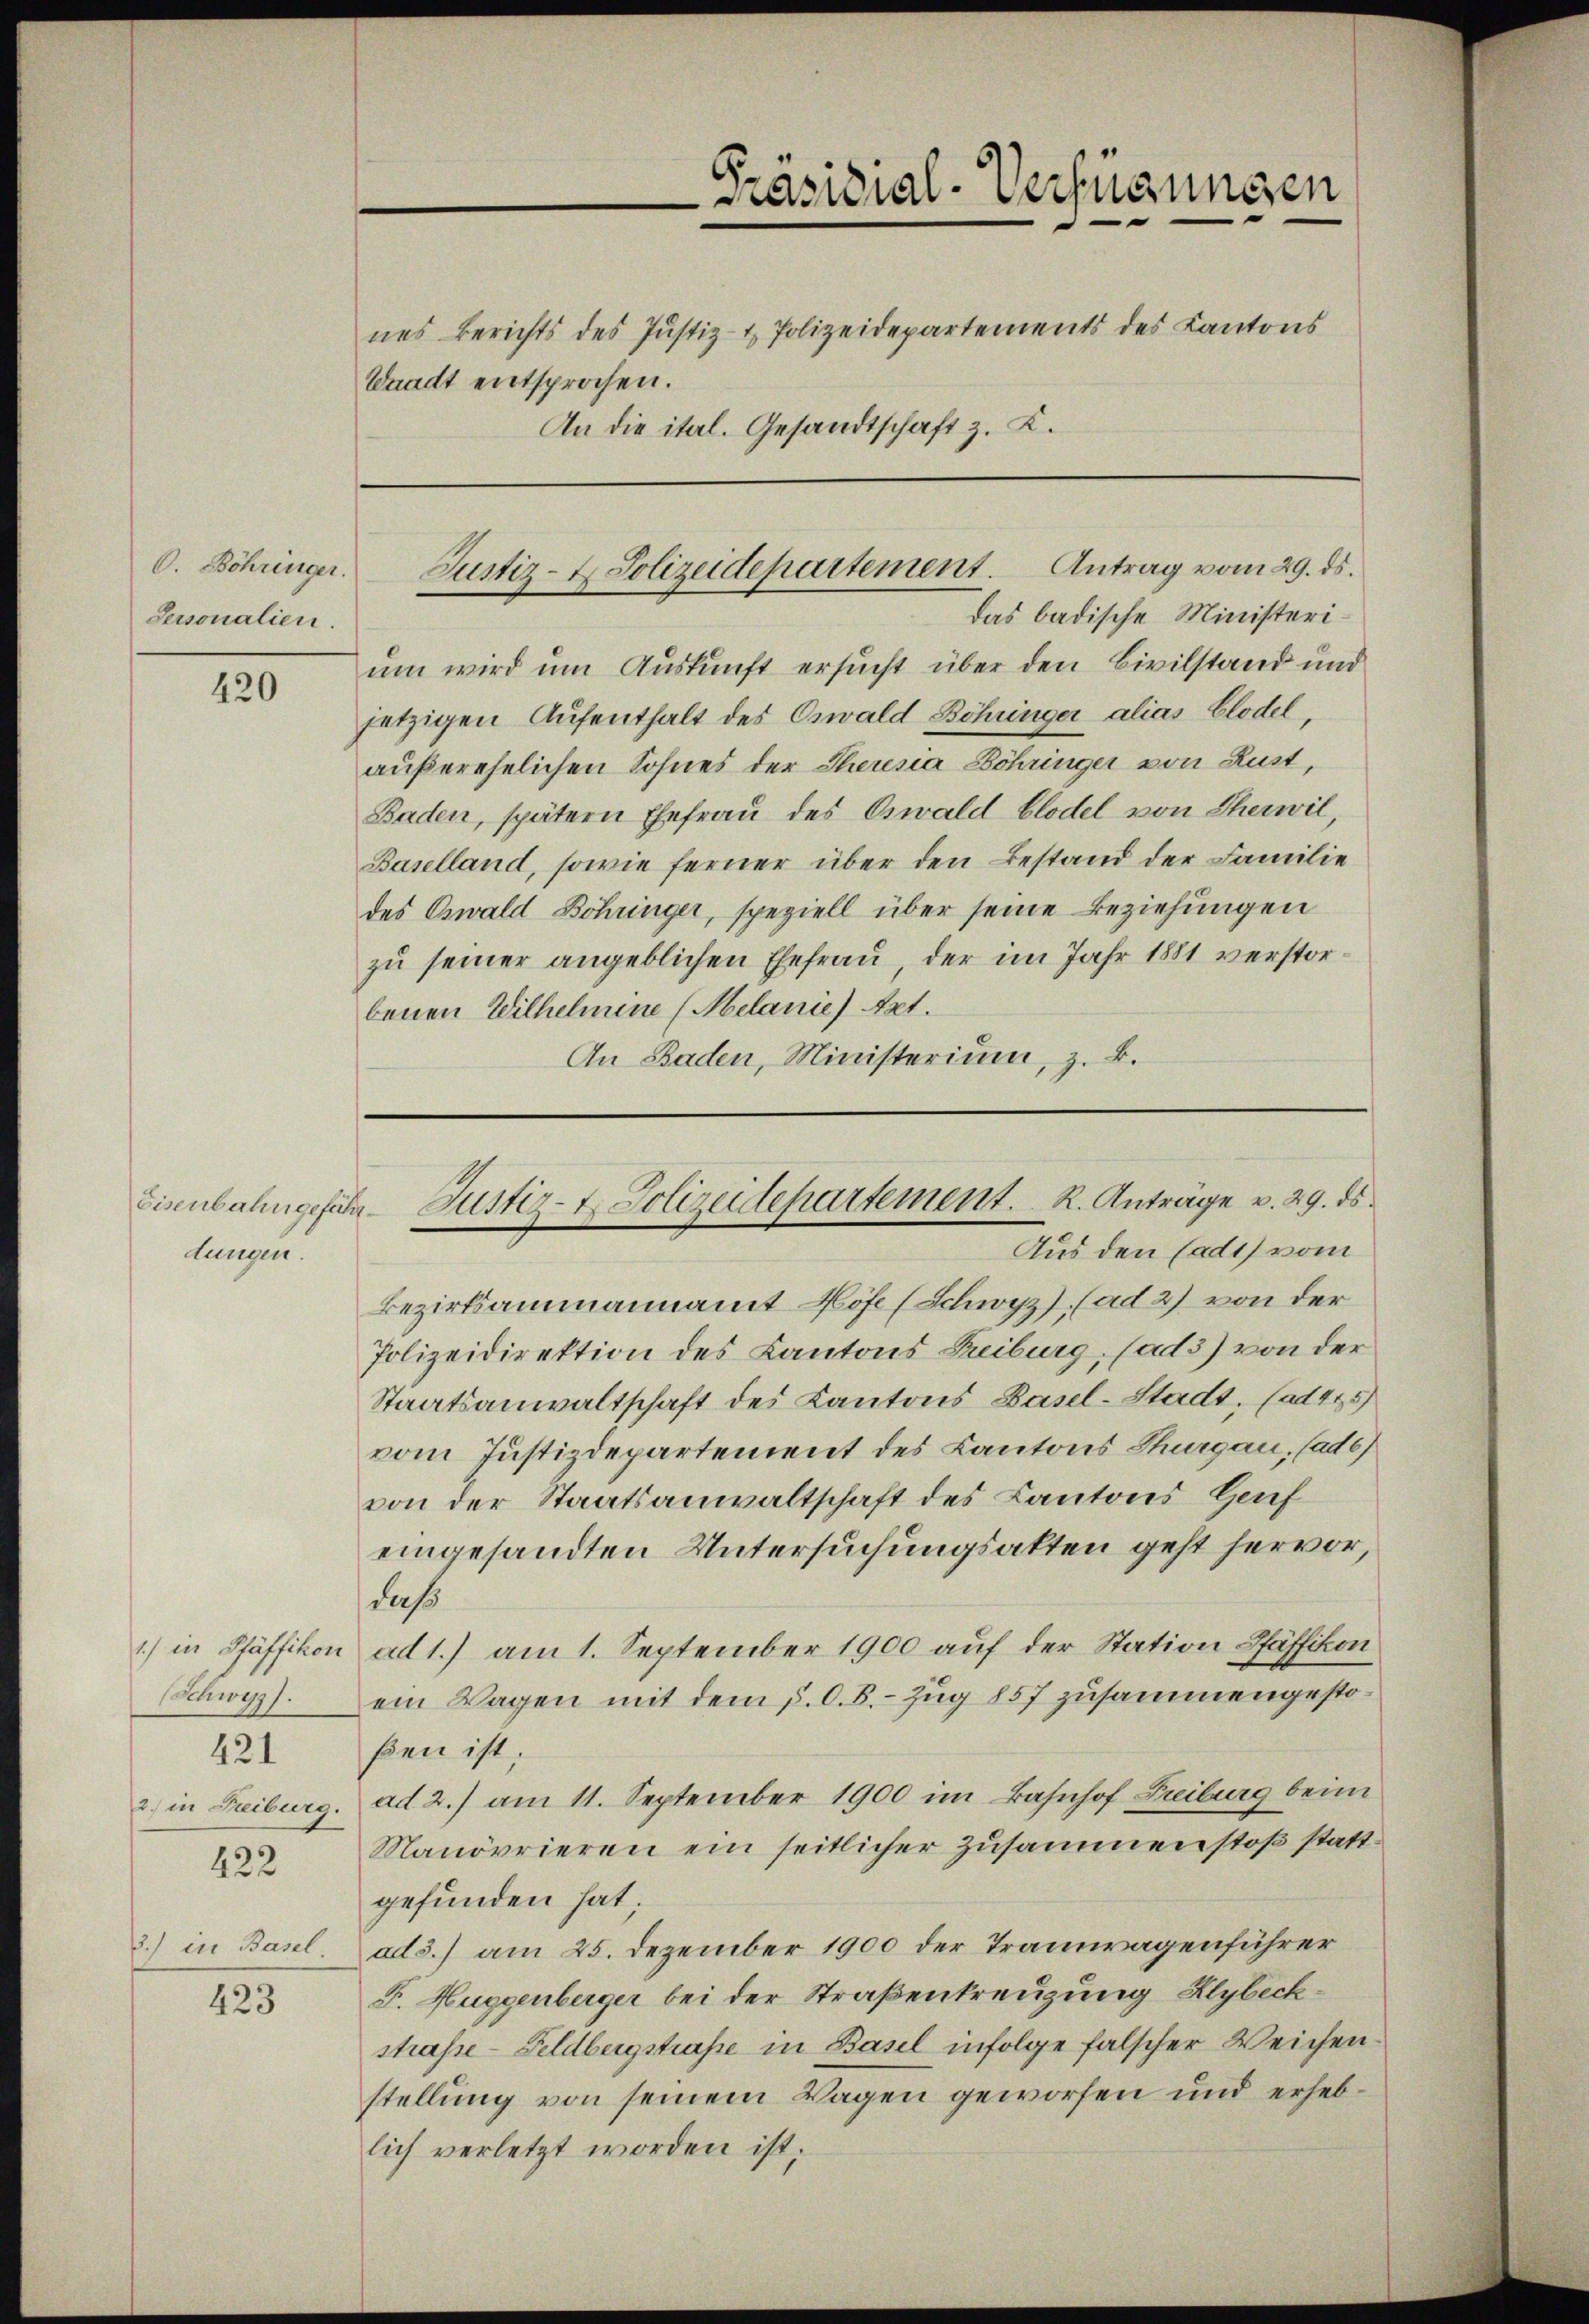
O. Böhringer.
Personalien.

420

dungen.

1.) in Pfäffikon
Schwyz).
421
2) in Freiburg.
422

3.) in Basel.

423

Waadt entsprochen.

das badische Ministerium wird um Auskunft ersucht über den Civilstand und
jetzigen Aufenthalt des Oswald Böhringer alias Elodel,
außerehelichen Sohnes der Theresia Zöhringer von Lust,
Baden, spätern Ehefrau des Oswald blodel von Therwil,
Baselland, sowie ferner über den Bestand der Familie
des Oswald Bohringer, speziell über seine Beziehungen
zu seiner angeblichen Ehefrau, der im Jahr 1881 verstorbenen Wilhelmine (Melanie) Art.
An Baden, Ministerium, z. B.

Präsidial-Verfügungen
nes Berichts des Justiz- & Polizeidepartements des Kantons
An die ital. Gesandtschaft z. K.

Justiz- & Polizeidepartement. Antrag vom 29. ds.

Eisenbahngefähr Justiz-7. Polizeidepartement. R. Anträge v. 29. ds.
Aus den Cadt) vom

Bezirksammannamt Höfe (Schwyz) (ad 2) von der
Polizeidirektion des Kantons Reiburg, (ad 3) von der
Staatsanwaltschaft des Kantons Basel-Stadt, (ad 475)
vom Justizdepartement des Kantons Thurgau, (ads
von der Staatsanwaltschaft des Kantons Genf
eingesandten Untersuchungsakten geht hervor,
daß
ad 1.) am 1. September 1900 auf der Station Pfäffikon
ein Wagen mit dem P. O. B. Zug 857 zusammengestoßen ist.
ad 2.) am 11. September 1900 im Bahnhof Freiburg beim
Manövrieren ein seitlicher Zusammenstoß stattgefunden hat.
ad 3.) am 25. Dezember 1900 der Tramwagenführer
F. Huggenberger bei der Straßenkreuzung Alybeckstrasse - Feldbergstraße in Basel infolge falscher Weichen.
stellung von seinem Wagen geworfen und erheblich verletzt worden ist.